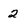
Character: 2